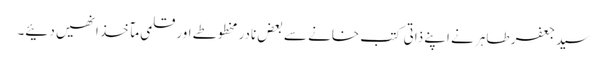
سید جعفر طاہر نے اپنے ذاتی کتب خانے سے بعض نادر مخطوطے اور قلمی مآخذ انھیں دئیے۔